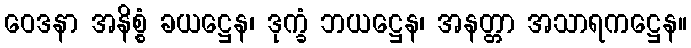
ဝေဒနာ အနိစ္စံ ခယဋ္ဌေန၊ ဒုက္ခံ ဘယဋ္ဌေန၊ အနတ္တာ အသာရကဋ္ဌေန။